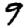
Digit: 9